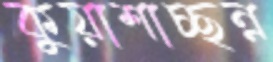
কুয়াশাচ্ছন্ন